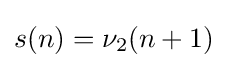
s(n)=\nu _{2}(n+1)